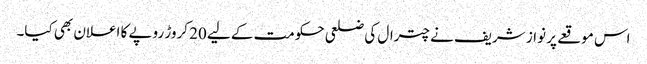
اس موقعے پر نواز شریف نے چترال کی ضلعی حکومت کے لیے 20 کروڑ روپے کا اعلان بھی کیا۔